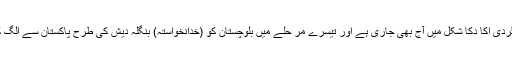
یہ دہشتگردی اکا دکا شکل میں آج بھی جاری ہے اور تیسرے مر حلے میں بلوچستان کو (خدانخواستہ) بنگلہ دیش کی طرح پاکستان سے الگ کرنا تھا۔